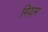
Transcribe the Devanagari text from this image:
मियम